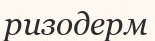
ризодерм